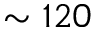
\sim 1 2 0